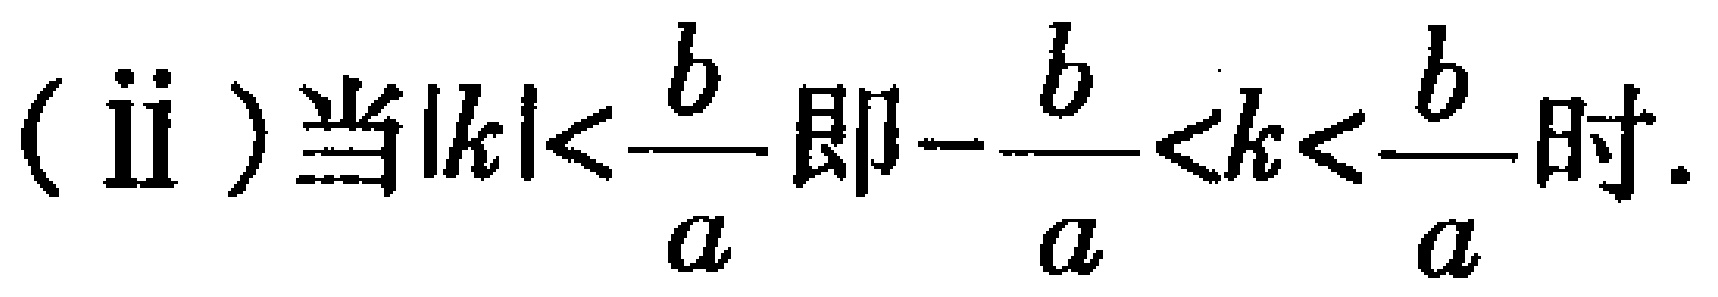
(ii) 当\(|k|<\frac{b}{a}\)即\(-\frac{b}{a}<k<\frac{b}{a}\)时.